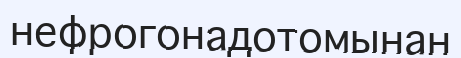
нефрогонадотомынан